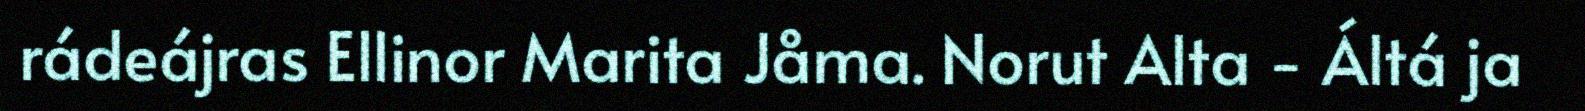
rádeájras Ellinor Marita Jåma. Norut Alta - Áltá ja